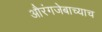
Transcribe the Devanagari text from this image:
औरंगजेबाच्याच